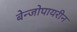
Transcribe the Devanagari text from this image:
बेन्जोपायरीन